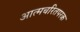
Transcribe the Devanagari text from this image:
आत्मचरितपरक